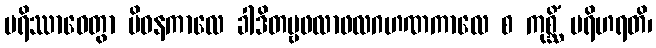
ပရိဿာဝေတွာ ပိဝနကာလေ ခါဒိတဗ္ဗဖလာဖလဂဟဏကာလေ စ ကုစ္ဆိံ ပရိဟရတိ၊